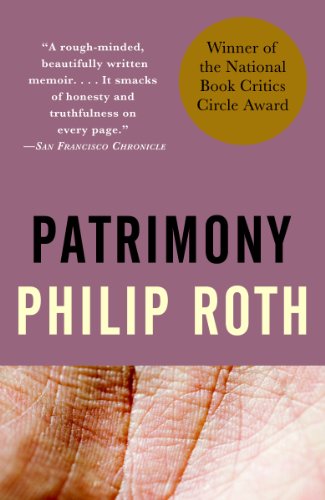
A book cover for Patrimony: A True Story; Philip Roth; Parenting & Relationships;